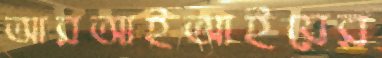
আরআইআইয়ের